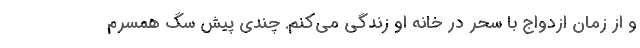
و از زمان ازدواج با سحر در خانه او زندگی می‌کنم. چندی پیش سگ همسرم